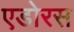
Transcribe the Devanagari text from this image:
एडोरस